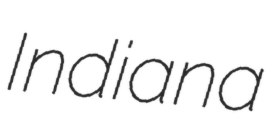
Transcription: Indiana